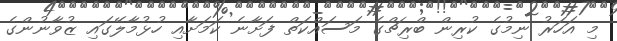
މި އަހަރު ނިމުގެ ކުރިން ބްރިޗްގެ މަސައްކަތް ފަށާނެ ކަމަށާއި ހުޅުމާލޭގައި ޒުވާނުންގެ